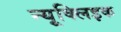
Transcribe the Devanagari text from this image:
न्यूक्‍लिइक